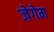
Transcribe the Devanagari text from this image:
जेगेम